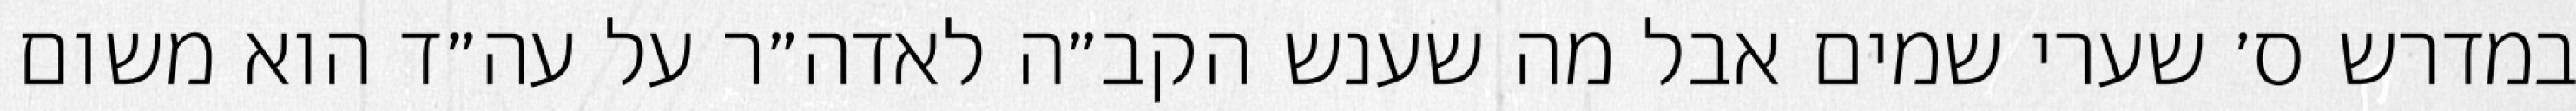
במדרש ס׳ שערי שמים אבל מה שענש הקב״ה לאדה״ר על עה״ד הוא משום